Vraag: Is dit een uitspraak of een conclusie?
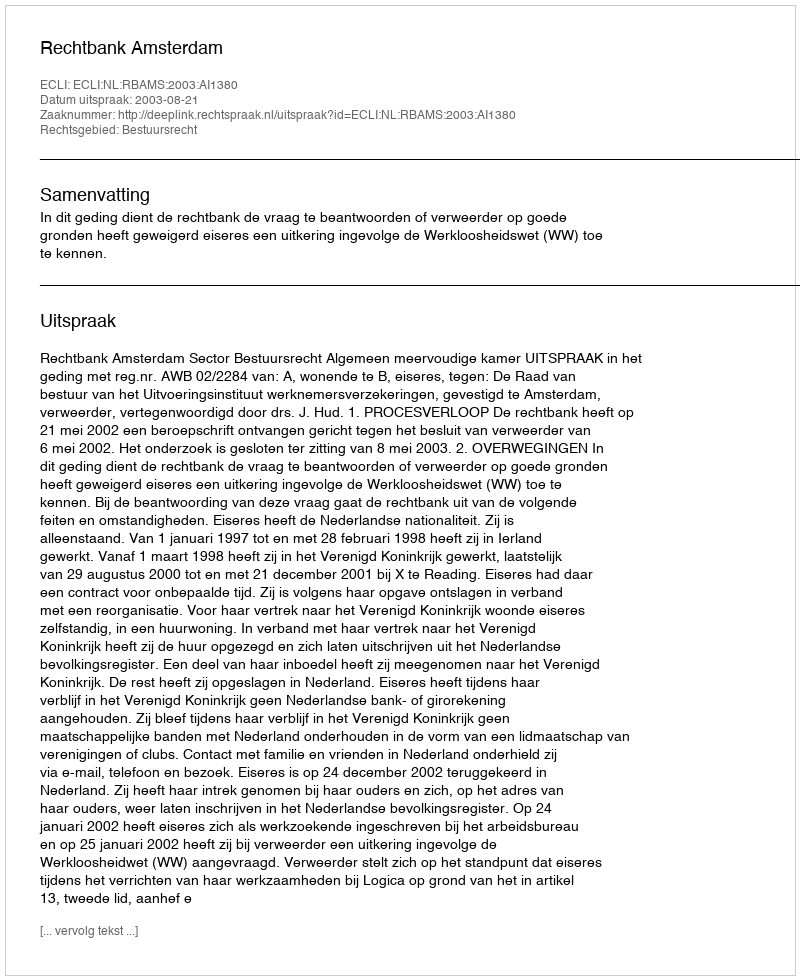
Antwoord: Uitspraak